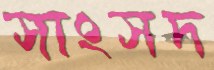
সাংসদ